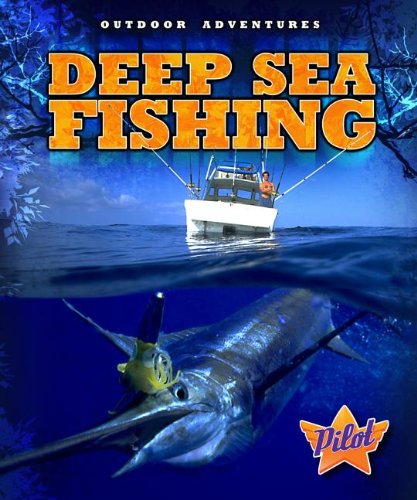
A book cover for Deep Sea Fishing (Outdoor Adventures); Ellen Frazel; Children's Books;